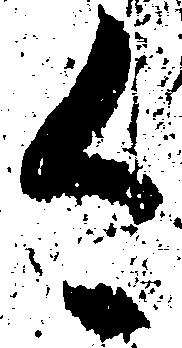
今